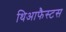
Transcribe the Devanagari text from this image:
थिआफैस्टस